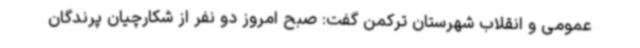
عمومی و انقلاب شهرستان ترکمن گفت: صبح امروز دو نفر از شکارچیان پرندگان